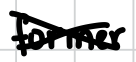
Text: former
Cross-out: mix
Writing tool: digital_black